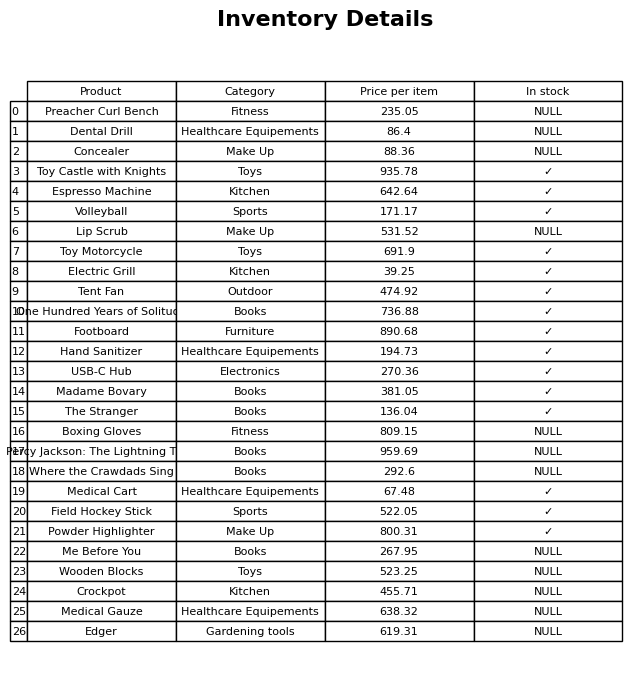
question: What is the price of the Edger?
answer: The price of Edger is 619.31.